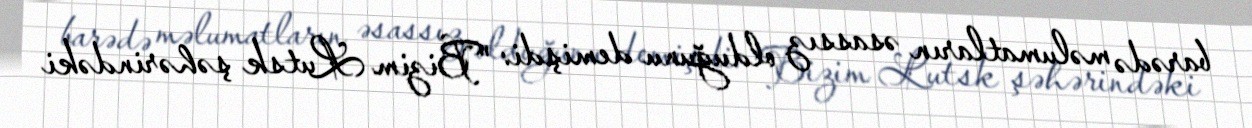
barədə məlumatların əsassız olduğunu demişdi: "Bizim Lutsk şəhərindəki